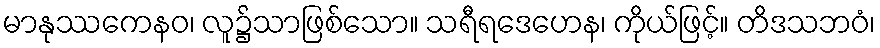
မာနုဿကေနဝ၊ လူ၌သာဖြစ်သော။ သရီရဒေဟေန၊ ကိုယ်ဖြင့်။ တိဒသဘဝံ၊